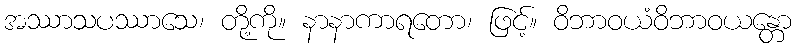
အဿာသပဿာသေ၊ တို့ကို။ နာနာကာရတော၊ ဖြင့်။ ဝိဘာဝယံဝိဘာဝယန္တော